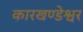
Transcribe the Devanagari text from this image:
कारखण्डेश्वर